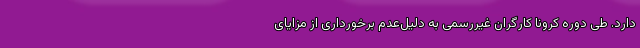
دارد. طی دوره کرونا کارگران غیررسمی به دلیل‌عدم برخورداری از مزایای